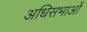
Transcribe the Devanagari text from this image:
अधिसभाओं